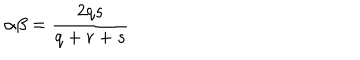
\alpha \beta = \frac { 2 q s } { q + r + s }